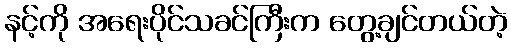
နင့်ကို အရေးပိုင်သခင်ကြီးက တွေ့ချင်တယ်တဲ့